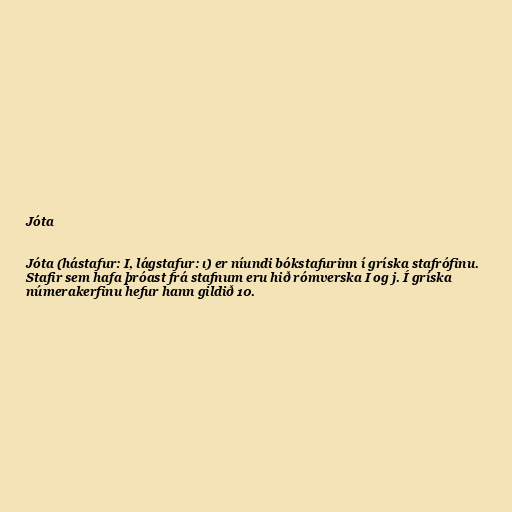
Jóta

Jóta (hástafur: Ι, lágstafur: ι) er níundi bókstafurinn í gríska stafrófinu.
Stafir sem hafa þróast frá stafnum eru hið rómverska I og j. Í gríska
númerakerfinu hefur hann gildið 10.